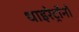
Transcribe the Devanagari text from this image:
थाइरेट्रॉनों